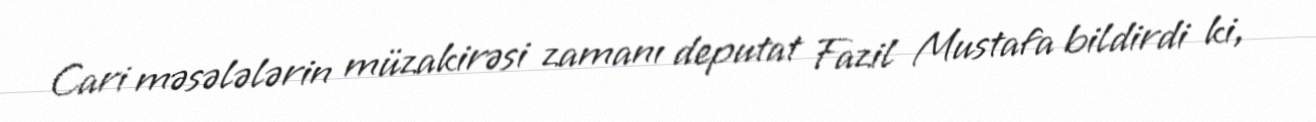
Cari məsələlərin müzakirəsi zamanı deputat Fazil Mustafa bildirdi ki,